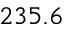
2 3 5 . 6